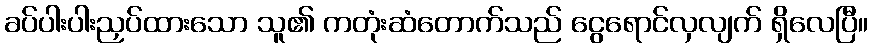
ခပ်ပါးပါးညှပ်ထားသော သူ၏ ကတုံးဆံတောက်သည် ငွေရောင်လှလျက် ရှိလေပြီ။